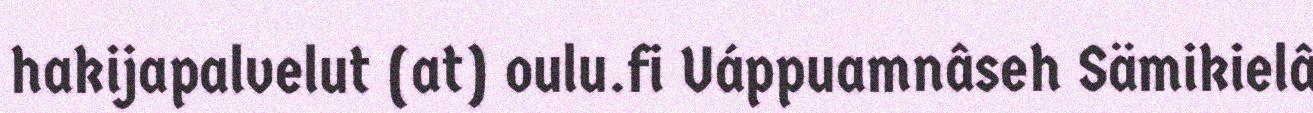
hakijapalvelut (at) oulu.fi Uáppuamnâseh Sämikielâ